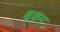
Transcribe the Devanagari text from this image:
क्षुक्षम